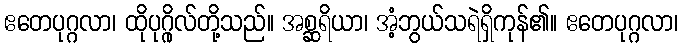
ဧတေပုဂ္ဂလာ၊ ထိုပုဂ္ဂိုလ်တို့သည်။ အစ္ဆရိယာ၊ အံ့ဘွယ်သရဲရှိကုန်၏။ ဧတေပုဂ္ဂလာ၊